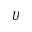
U